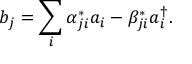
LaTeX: b _ { j } = \sum _ { i } \alpha _ { j i } ^ { * } a _ { i } - \beta _ { j i } ^ { * } a _ { i } ^ { \dag } .